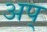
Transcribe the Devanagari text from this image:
अप्‌